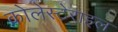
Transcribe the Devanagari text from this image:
कोलेस्टेराइल